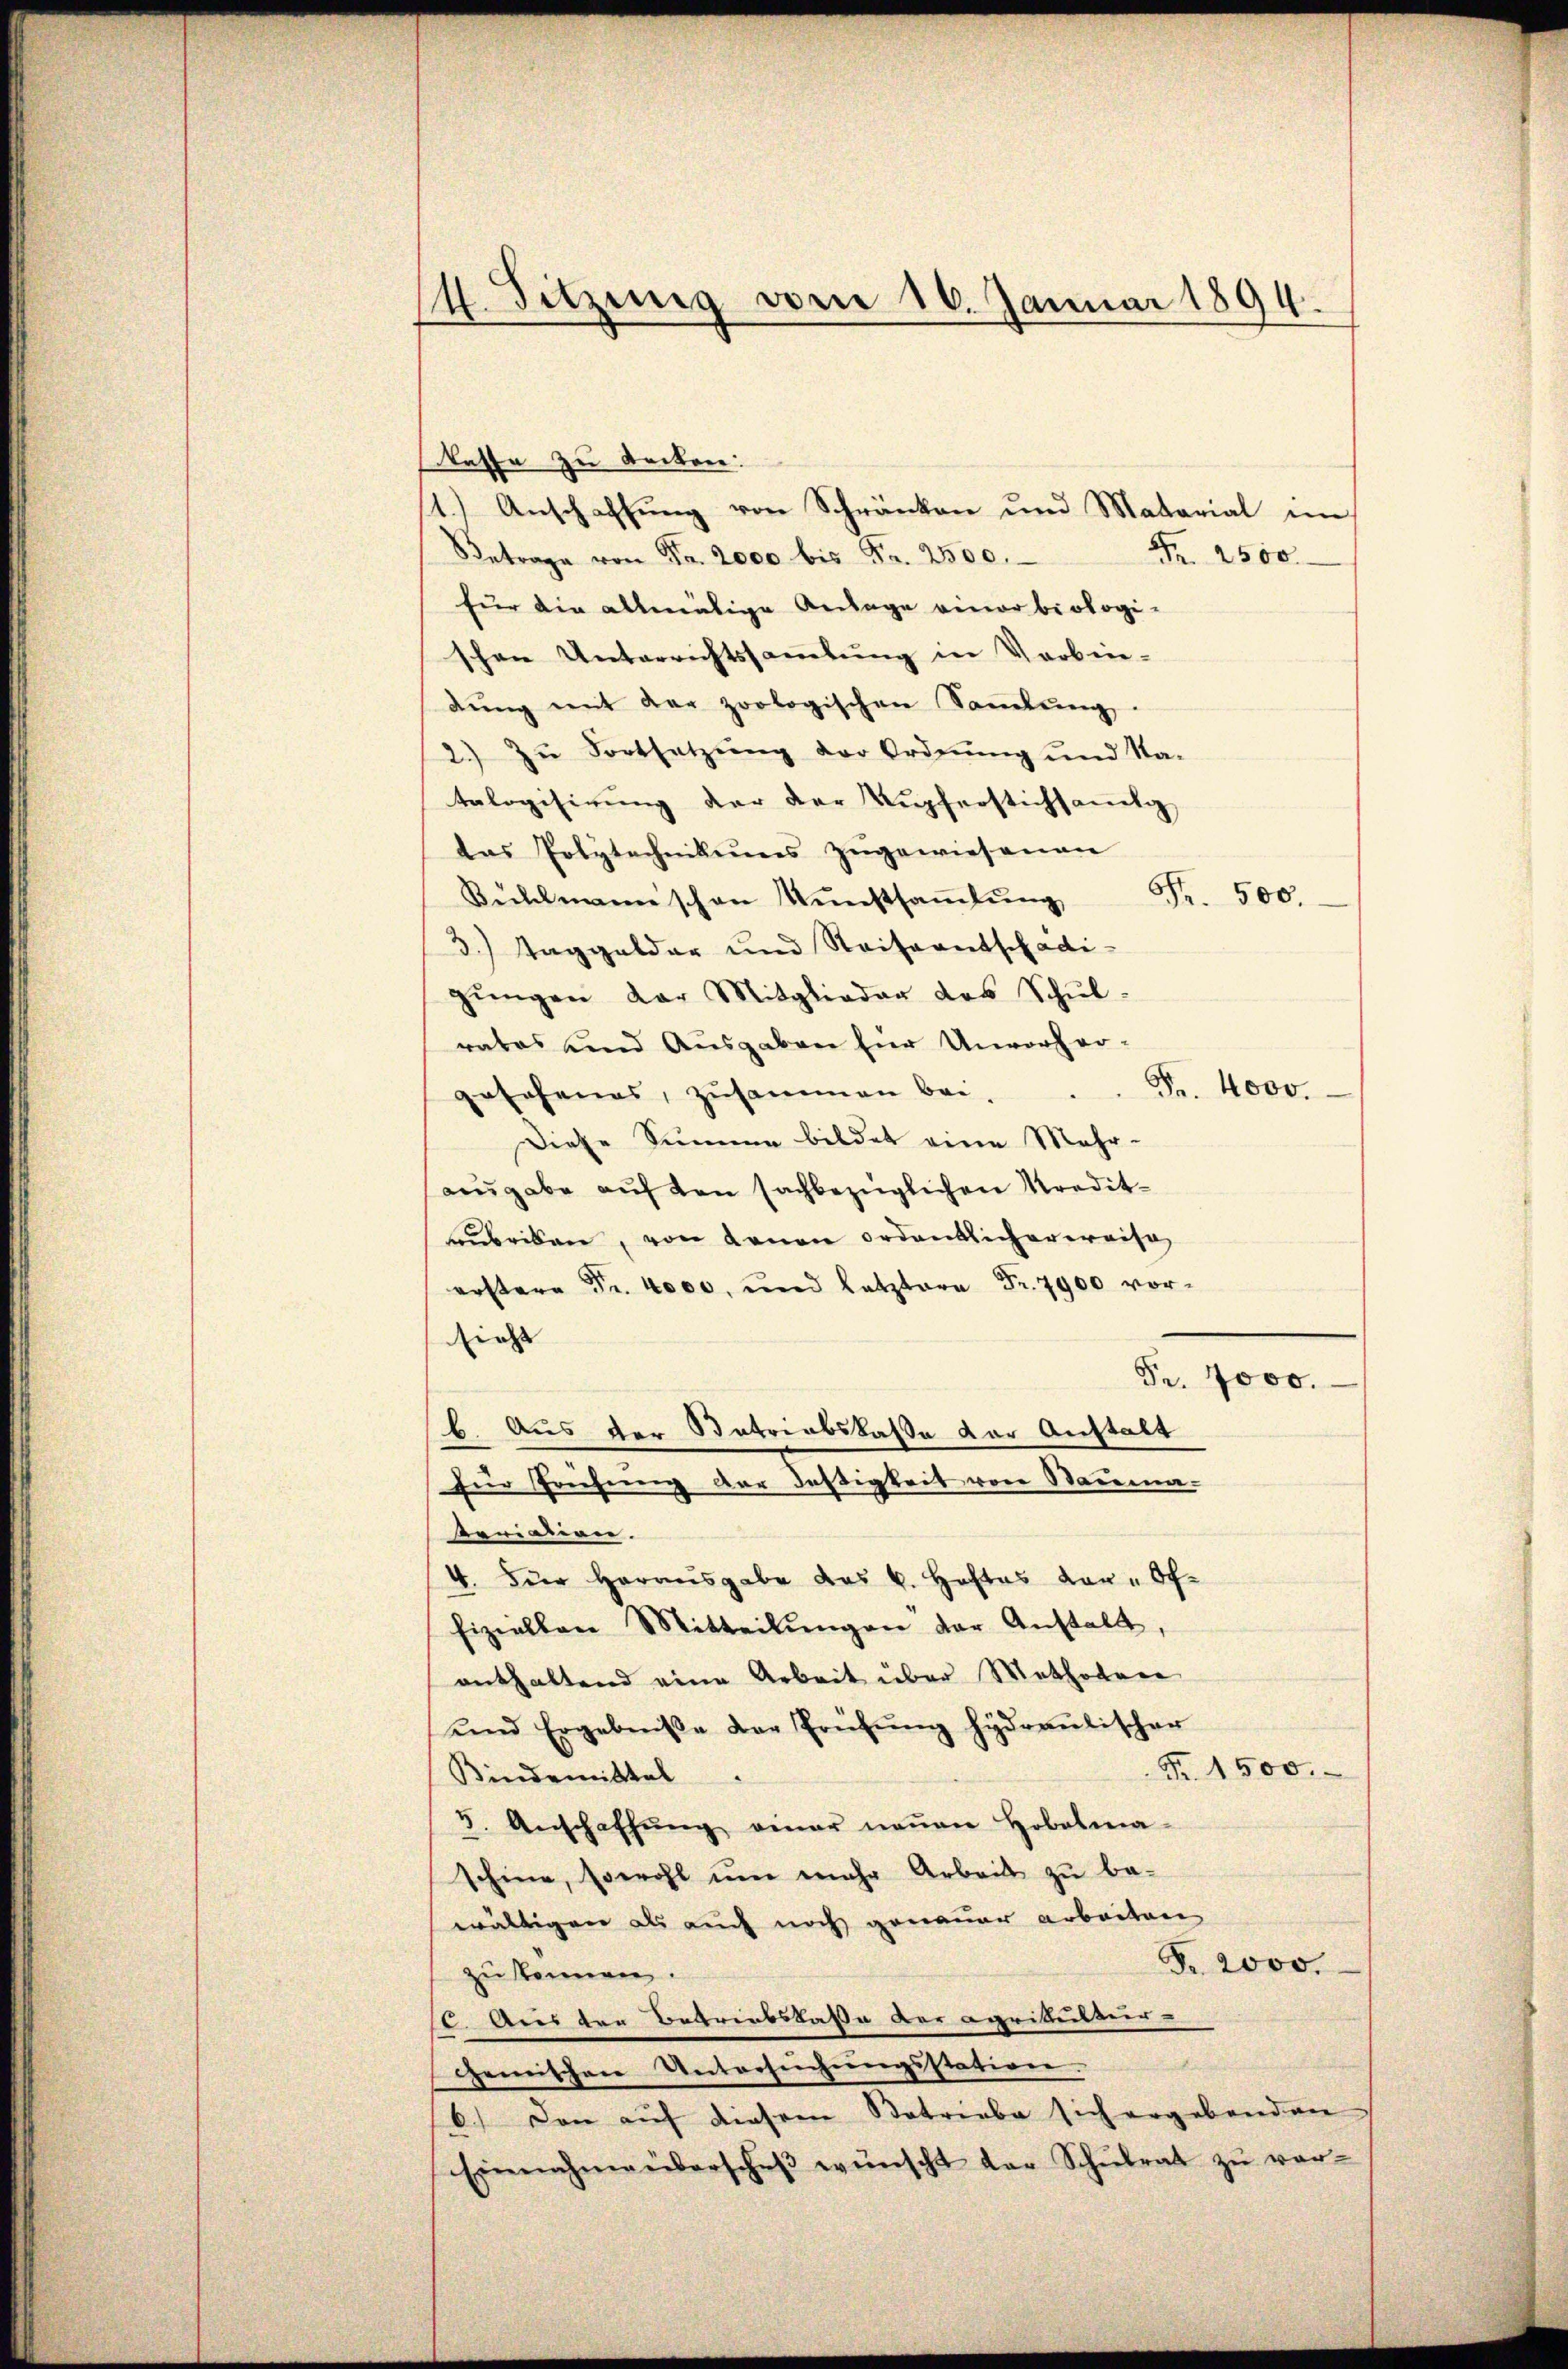
11. Sitzung vom 16. Januar 1894.

kasse zu decken:
1.) Anschaffung von Schränken und Matarial im
Nr. 2500.
Betrage von Fr. 2000 bis Fr. 2500.
für die allmälige Anlage einer biologi-
schen Unterrichtssammlung in Verbin-
dŭng mit der zoologischen Saṁlŭng.
2.) Zu Fortsetzung der Ordnung und Sta-
tologisirung der der Kupferstichsamtg
das Polytechnikums zŭgewiesenen
Fr. 500.
Bühlmann schon Kunstsaṁlŭng
3.) Taggelder und Reiseantschadi-
gŭngen der Mitglieder des Schŭl-
rates und Ausgaben für Unvorher-
Fr. 4000.
gesehenes, zusammen bei.
Diese Summe bildet eine Mehr-
angabe auf den sachbezüglichen Kredit-
ubriken, von denen ordentlicherweise
erstere Fr. 4000. und letztere Fr. 7900 vor-
diese |
Pr. 7000.
b. Aus der Matriabskasse der Anstalt
für Prüfung der Festigkeit von Bauma
kariation.
4. Der Herausgabe das k. Heftes von - Offiziellen Mitteilŭngen der Anstalt
enthaltend eine Arbeit über Methodenr
ŭnd Ergebniße der Prüfŭng hydrantischer
Fr. 1500.
Kindemittal
3. Anschaffŭng einer neuen Hobelma-
schine, sowohl um mehr Arbeit zu be-
wältigen als auch noch genauer arbeiten
Fr. 2000.
zu können.
6. Aus den Betriebskasse der agrikutter-
gemischen Untersuchungsstation.
6.) Den auf diesem Betriebe sich ergebenden
Einnahmeberschŭβ wünscht der Schŭlrat zŭ ver-